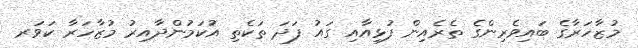
މުޒާހަރާގެ ބައިވެރިންގެ ތެރެއިން ފުޅިއާއި ގައު ފަދަ ތަކެތި އުކަމުންދާއިރު މުޒާހަރާ ކަވަރ